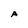
Character: A